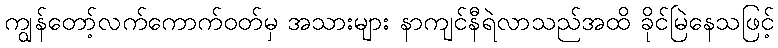
ကျွန်တော့်လက်ကောက်ဝတ်မှ အသားများ နာကျင်နီရဲလာသည်အထိ ခိုင်မြဲနေသဖြင့်